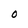
Character: O